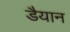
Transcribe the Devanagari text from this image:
डैयान